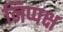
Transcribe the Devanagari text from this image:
निप्पक्ष